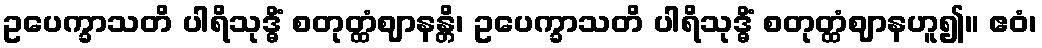
ဥပေက္ခာသတိ ပါရိသုဒ္ဓိံ စတုတ္ထံဈာနန္တိ၊ ဥပေက္ခာသတိ ပါရိသုဒ္ဓိံ စတုတ္ထံဈာနဟူ၍။ ဧဝံ၊